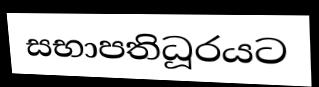
සභාපතිධූරයට